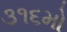
૩૧૬મો